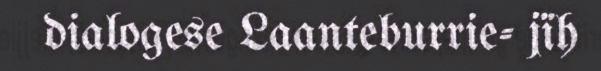
dialogese Laanteburrie- jïh